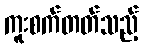
ကူးစက်တတ်သည့်